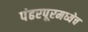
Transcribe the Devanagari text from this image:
पंढरपूरमध्येच